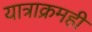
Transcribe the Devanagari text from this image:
यात्राक्रमही